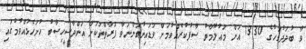
ވާ ބުދަދުވަހުގެ 13:30 އަށް މަޢުލޫމާތު ސާފުކުރެއްވުމަށް ވަޑައިނުގަންނަވާ ފަރާތްތަކަށް އަންދާސީހިސާބު ހުށަހެޅުއްވުމުގައި